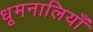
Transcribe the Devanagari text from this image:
धूमनालियाँ